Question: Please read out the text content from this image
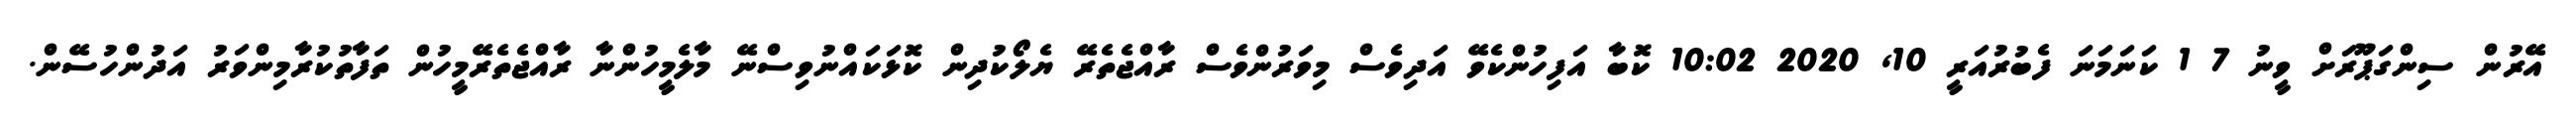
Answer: އޭރުން ސިންގަޕޫރަށް ވީނު 7 1 ކަނަމަނަ ފެބުރުއަރީ 10, 2020 10:02 ކޮބާ އަފިހުންކެވޭ އަދިވެސް މިވަރުންވެސް ރާއްޖެތެރޭ ޔެލޯކުދިން ކޮޅަކައްނުވިސްނޭ މާލެމީހުންނާ ރާއްޖެތެރޭމީހުން ތަފާތުކުރާމިންވަރު އަދުންހުސޭން.